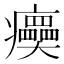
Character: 㿙